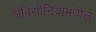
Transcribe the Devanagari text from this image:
अबिसीनियामधील